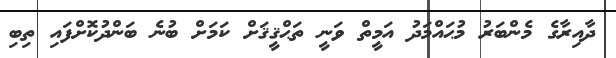
ދާއިރާގެ މެންބަރު މުޙައްމަދު އަމީތް ވަނީ ތަޙްޤީޤަށް ކަމަށް ބުނެ ބަންދުކޮށްފައި ތިބި